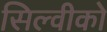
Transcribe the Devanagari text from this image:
सिल्वीको